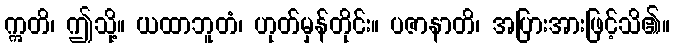
ဣတိ၊ ဤသို့။ ယထာဘူတံ၊ ဟုတ်မှန်တိုင်း။ ပဇာနာတိ၊ အပြားအားဖြင့်သိ၏။